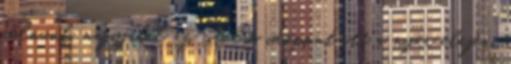
állnunk, nagyjából az utolsó időpont itt a nyár elején,